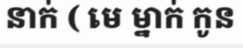
នាក់ ( មេ ម្នាក់ កូន